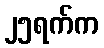
၂၅ရက်က